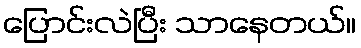
ပြောင်းလဲပြီး သာနေတယ်။